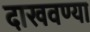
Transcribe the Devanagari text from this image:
दाखवण्या